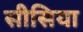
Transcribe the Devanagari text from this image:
सीसिया